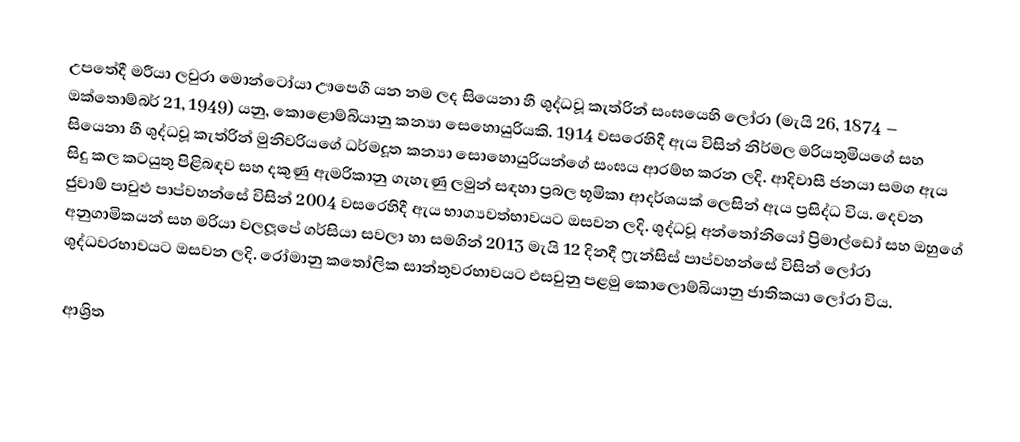
උපතේදී  මරීයා ලවුරා මොන්ටෝයා ඌපෙගී යන නම ලද සියෙනා හී ශුද්ධවූ කැත්රින් සංඝයෙහි ලෝරා (මැයි 26, 1874 – ඔක්තොම්බර් 21, 1949) යනු, කොළොම්බියානු කන්‍යා සෙහොයුරියකි. 1914 වසරෙහිදී ඇය විසින්  නිර්මල මරියතුමියගේ සහ සියෙනා හී ශුද්ධවූ කැත්රින් මුනිවරියගේ ධර්මදූත කන්‍යා සොහොයුරියන්ගේ සංඝය ආරම්භ කරන ලදි. ආදිවාසී ජනයා සමග ඇය සිදු කල කටයුතු පිළිබඳව සහ දකුණු ඇමරිකානු ගැහැණු ලමුන් සඳහා ප්‍රබල භූමිකා ආදර්ශයක් ලෙසින් ඇය ප්‍රසිද්ධ විය.  දෙවන ජුවාම් පාවුළු පාප්වහන්සේ විසින්  2004 වසරෙහිදී ඇය භාග්‍යවත්භාවයට ඔසවන ලදි.  ශුද්ධවූ අන්තෝනියෝ ප්‍රිමාල්ඩෝ සහ ඔහුගේ අනුගාමිකයන් සහ මරියා වලලූපේ ගර්සියා සවලා හා සමගින් 2013 මැයි 12 දිනදී ෆ්‍රැන්සිස් පාප්වහන්සේ විසින් ලෝරා ශුද්ධවරභාවයට ඔසවන ලදි.  රෝමානු කතෝලික සාන්තුවරභාවයට එසවුනු පළමු කොලොම්බියානු ජාතිකයා ලෝරා විය.

ආශ්‍රිත